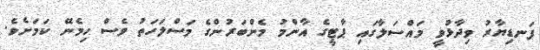
ފަނޑިޔާރު ވިދާޅުވީ މައްސަލާގައި ޕާޓީގެ އާންމު މެންބަރުންގެ މަސްލަހަތު ވެސް ހިމެނޭ ކަމަށެވެ.